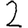
Digit: 2